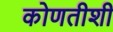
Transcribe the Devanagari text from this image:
कोणतीशी